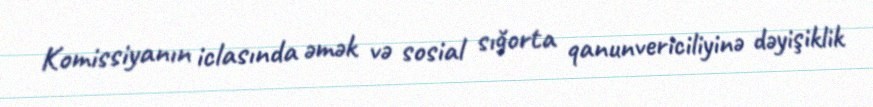
Komissiyanın iclasında əmək və sosial sığorta qanunvericiliyinə dəyişiklik